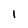
Character: 1